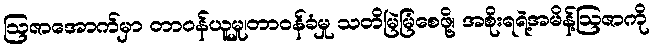
ဩဇာအောက်မှာ တာဝန်ယူမှု၊တာဝန်ခံမှု သတိမြဲမြံစေဖို့၊ အစိုးရရဲ့အမိန့်ဩဇာကို